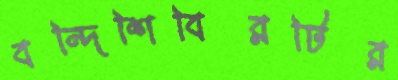
বন্দিশিবিরটির